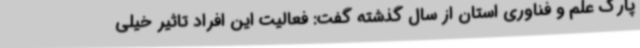
پارک علم و فناوری استان از سال گذشته گفت: فعالیت این افراد تاثیر خیلی